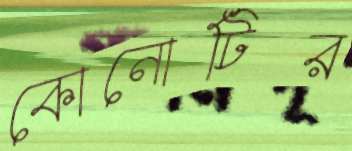
কোনোটির